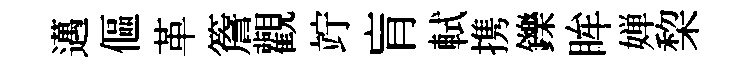
邁傴革簷觀竚肓軾携鑠眸婵棃